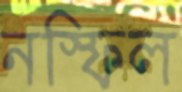
নস্ফিল